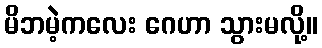
မိဘမဲ့ကလေး ဂေဟာ သွားမလို့။